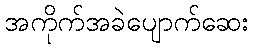
အကိုက်အခဲပျောက်ဆေး